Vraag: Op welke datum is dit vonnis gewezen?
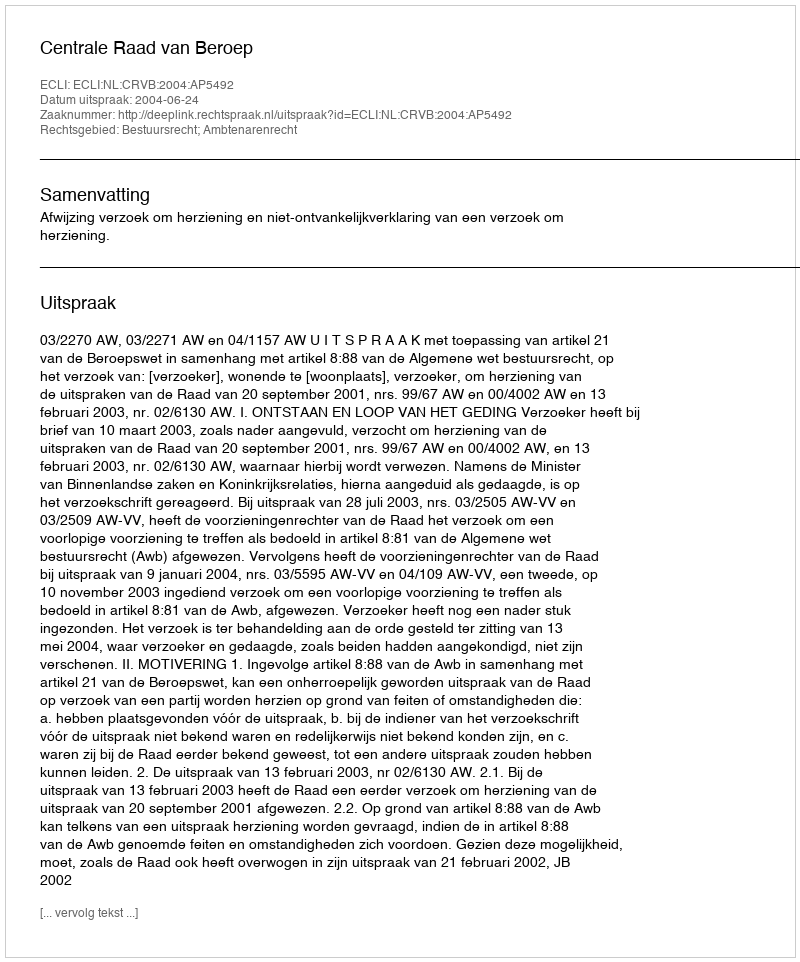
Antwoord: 2004-06-24